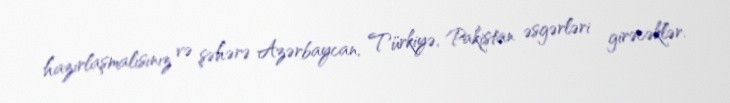
hazırlaşmalısınız və şəhərə Azərbaycan, Türkiyə, Pakistan əsgərləri girəcəklər.